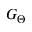
G _ { \Theta }